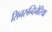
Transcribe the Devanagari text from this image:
सिनरुन्दिनेरिया